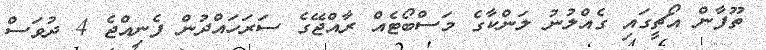
ތޫފާން އޯޗީގައި ގެއްލުނު ލަންކާގެ މަސްބޯޓެއް ރާއްޖޭގެ ސަރަހައްދުން ފެނިއްޖެ 4 ދުވަސް